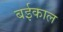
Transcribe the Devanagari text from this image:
बईकाल